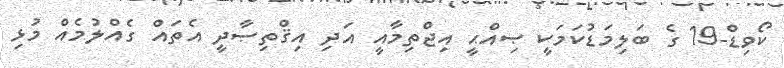
ކޯވިޑް-19 ގެ ބަލިމަޑުކަމަކީ ޞިއްޙީ އިޖްތިމާއީ އަދި އިޤްތިޞާދީ އެތައް ގެއްލުމެއް މުޅި